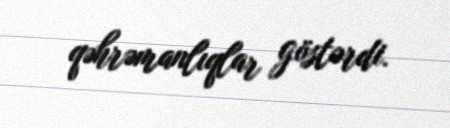
qəhrəmanlıqlar göstərdi.